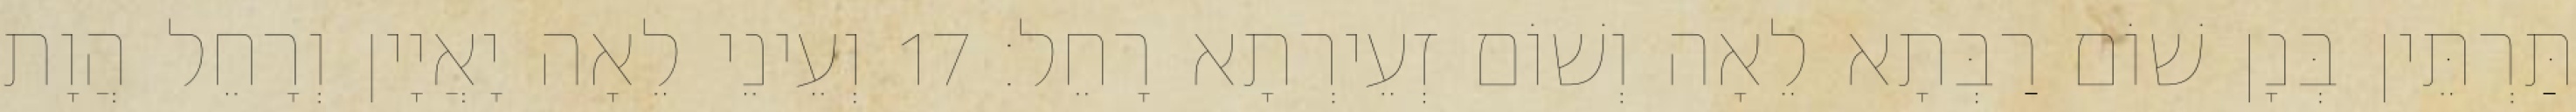
תַּרְתֵּין בְּנָן שׁוֹם רַבְּתָא לֵאָה וְשׁוֹם זְעֵירְתָא רָחֵל׃ 17 וְעֵינֵי לֵאָה יָאֲיָין וְרָחֵל הֲוָת